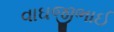
વાઘજીભાઈ